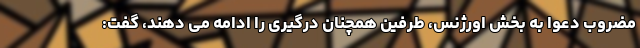
مضروب دعوا به بخش اورژنس، طرفین همچنان درگیری را ادامه می دهند، گفت: